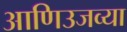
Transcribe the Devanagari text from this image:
आणिउजव्या